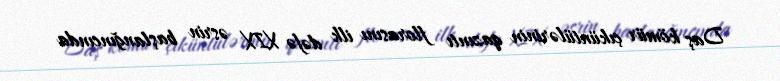
Daş kömür çıküntülərinin qazıntı florasını ilk dəfə XIX əsrin başlanğıncında